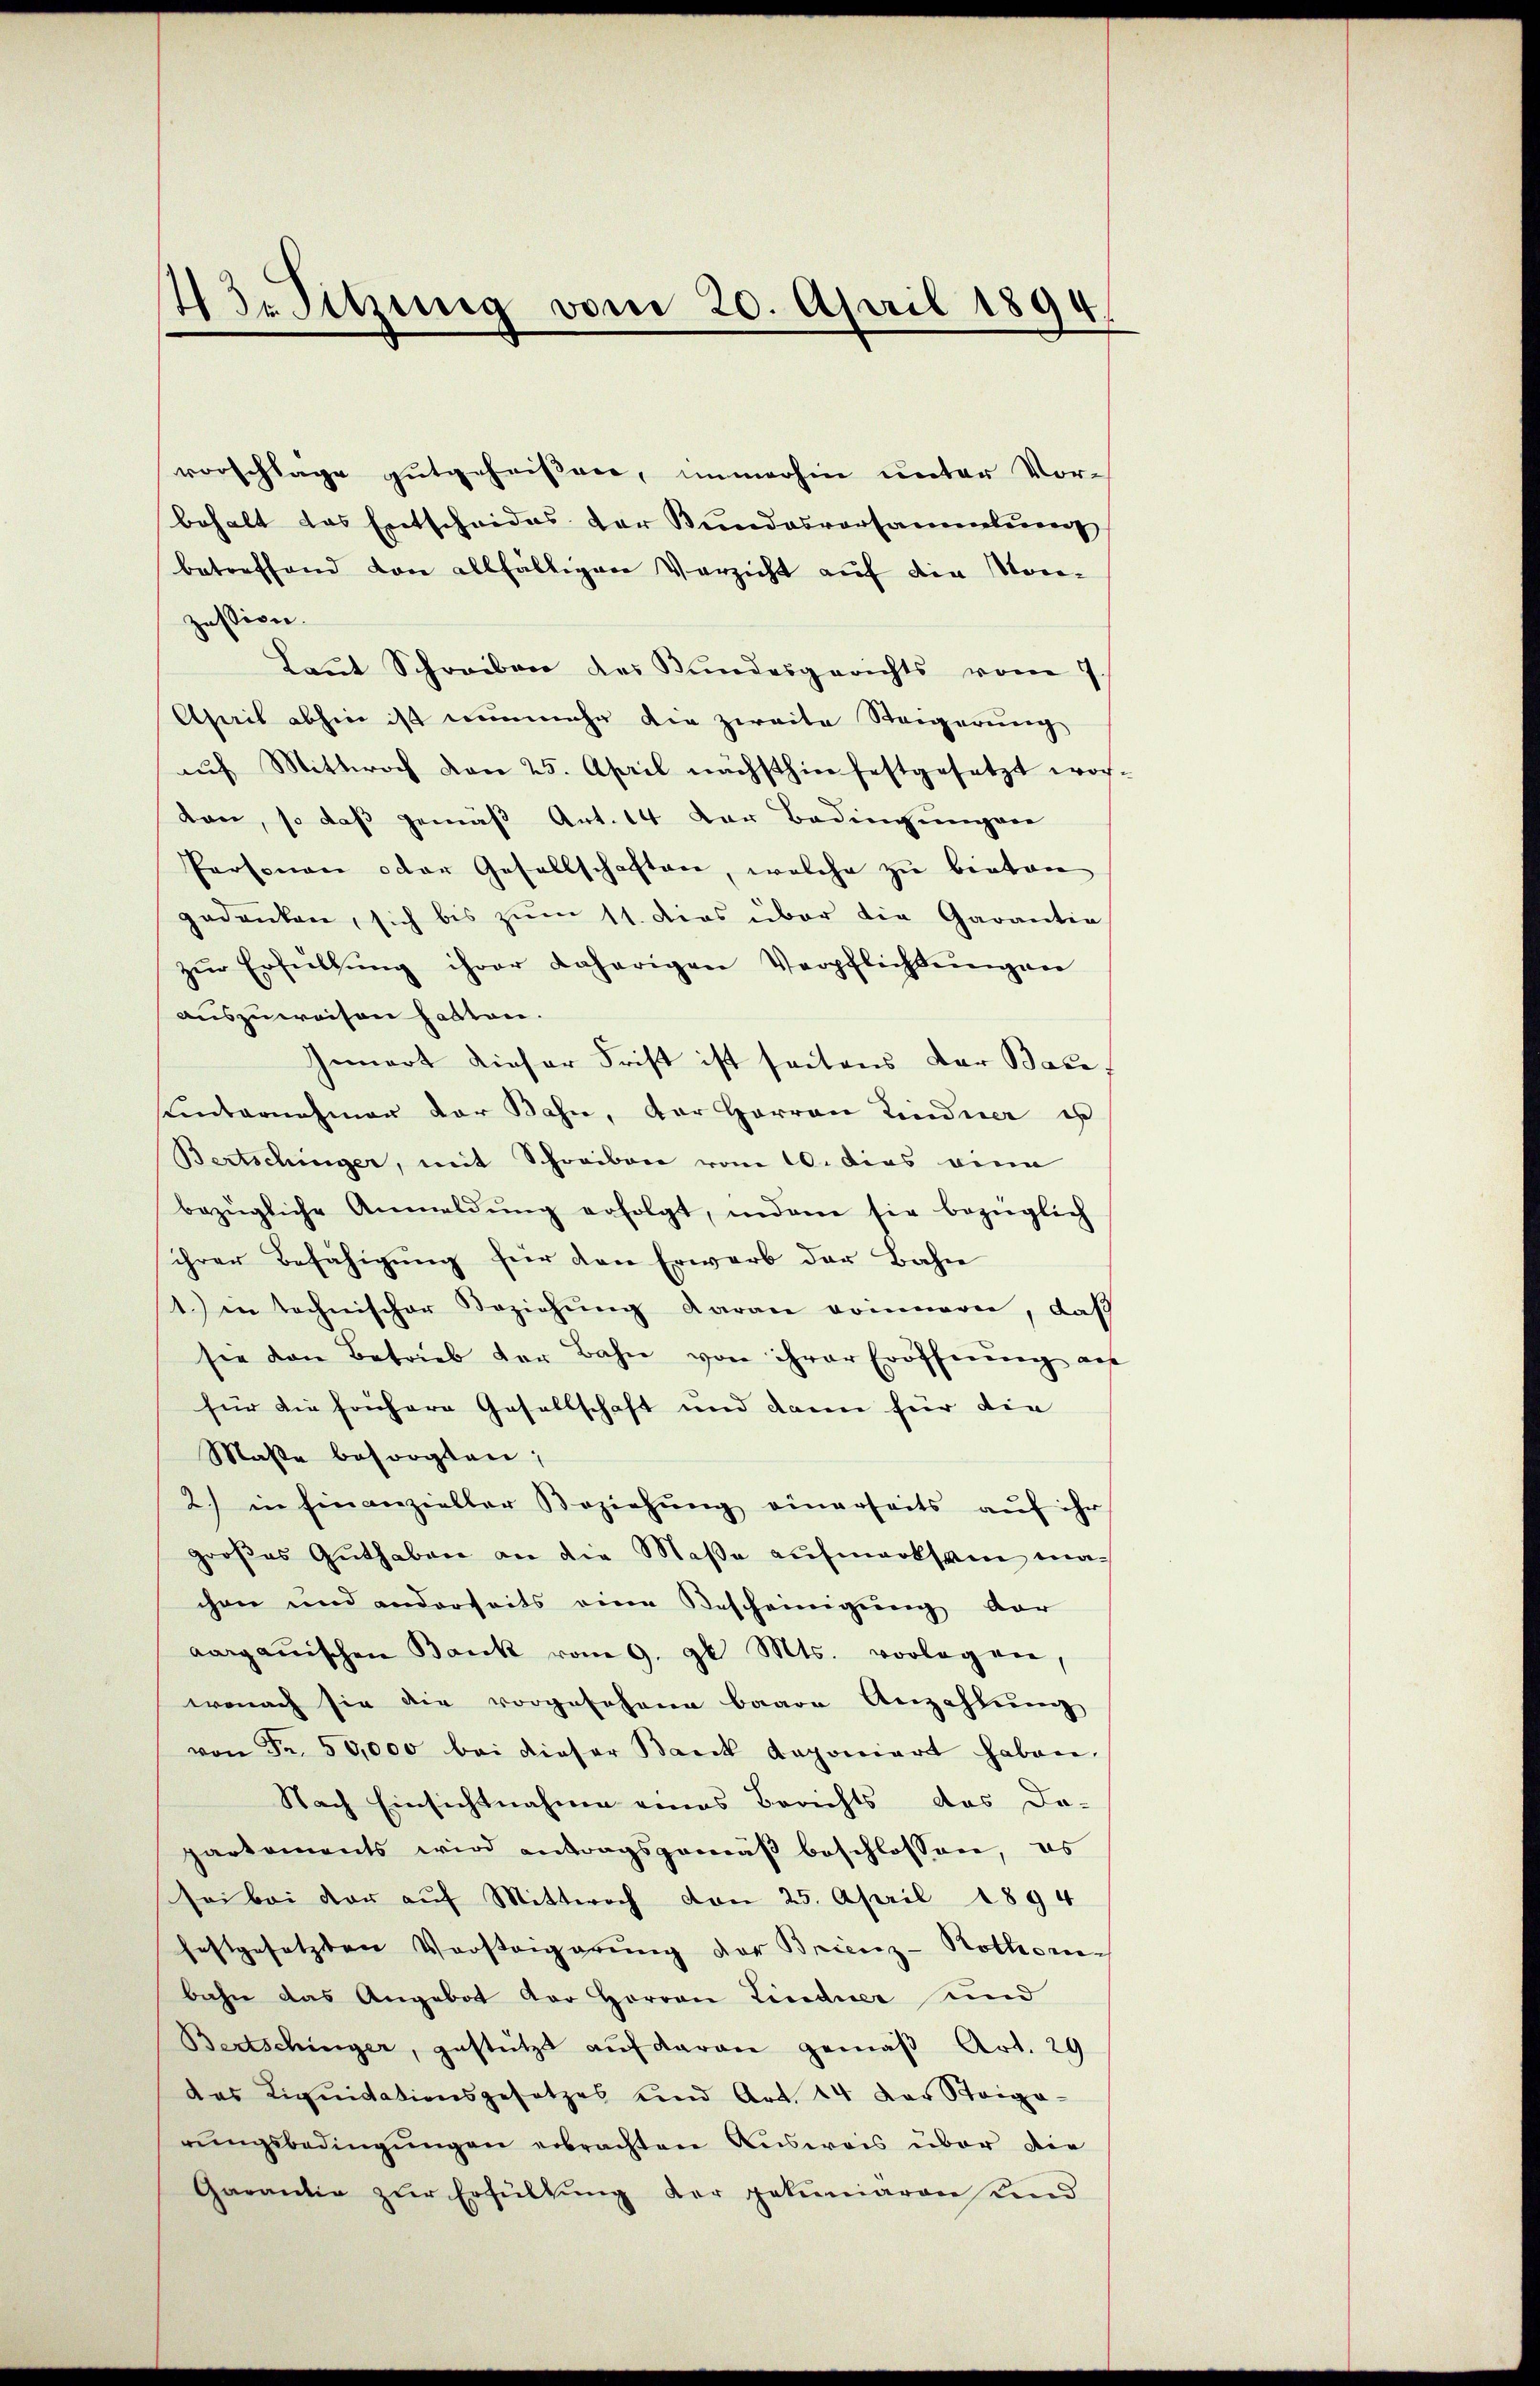
43. Sitzung vom 20. April 1894.

vorschläge gutgeheißen, immerhin unter Vorbehalt das Entscheides der Bundesvorsammlun
betreffend von allfälligen Verzicht auf die Morpassiven.
Laut Schreiben des Bundesgerichts vom 7
Aseil abhin ist nunmehr die zweite Steigerung
aŭf Mittwoch von 25. April nächsthin festgesetzt wor-
dan, so daß gemäß Art. 14 der Bedingungene
Personen oder Gesellschaften, welche zu bieten
gedanken, sich bis zŭm 11. Dies über die Garantia
zŭr Erfüllŭng ihrer daherigen Verpflichtŭngen
auszuweisen hatten.
Ienart dieser Frist ist seitens der Bace
unternehmer der Bahn, der Herren Lindner es
Bertschinger, mit Schreiben vom 10. dies eine
bezügliche Anmeldŭng erfolgt, indem sie bezüglich
ihrer Befähigung für den Erwarb der Bahn
1. in technischer Beziehŭng daran vornerer, daß
sie den Betrieb der Bahn von ihrer Eröffnŭng aus
für die frühere Gesellschaft und dann für die
Maße besorgten,
2.) in einanzieller Beziehŭng einerseits aŭf ihr
großes Guthaben an die Maße aufmerksein machen und anderseits eine Bescheinigŭng dar
aargauischen Bank vom 9. gl. Mts. vorlegen,
wonach sie die vorgefahren baare Anzahlung
von Fr. 50,000 bei dieser Bank deponiert haben,
Nach Einsichtnahme eines Berichts das Da-
partements wird antragsgemäß beschlossen, es
sei bei der aŭf Mittwoch von 25. April 1894
festgesetzten Vorsteigerŭng der Brienz-Rothoribahn das Angebot der Herren Lindner und
Bertschinger, gestützt auf daran gemäß Art. 29
das Liquidationsgesetzes und Art. 14 der Steige-
rŭngsbedingŭngen erbrachten Ausweis über die
Garantia zŭr Erfüllŭng der pekuniären und